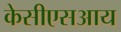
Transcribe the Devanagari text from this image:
केसीएसआय